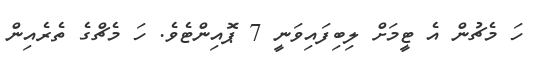
ހަ މެޗުން އެ ޓީމަށް ލިބިފައިވަނީ 7 ޕޮއިންޓެވެ. ހަ މެޗްގެ ތެރެއިން